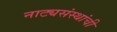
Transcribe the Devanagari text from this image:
नाट्यसंस्थांची